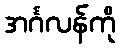
အင်္ဂလန်ကို